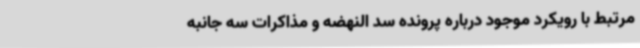
مرتبط با رویکرد موجود درباره پرونده سد النهضه و مذاکرات سه جانبه